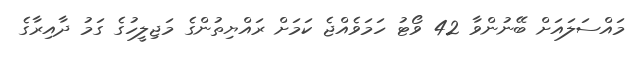
މައްސަލައަށް ބޭނުންވާ 42 ވޯޓު ހަމަވެއްޖެ ކަމަށް ރައްޔިތުންގެ މަޖިލީހުގެ ގަމު ދާއިރާގެ